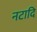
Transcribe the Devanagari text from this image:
नटादि